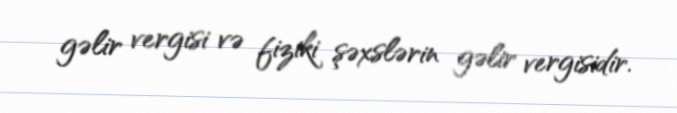
gəlir vergisi və fiziki şəxslərin gəlir vergisidir.